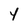
Character: Y